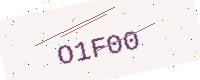
Text: O1F00